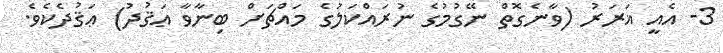
3- އެއީ ޣަރަރު (ވާނެގޮތް ނޭގުމުގެ ނުރައްކަލުގެ މައްޗަށް ބިނާވާ ޢަޤުދު) ޢަޤުދެކެވެ.